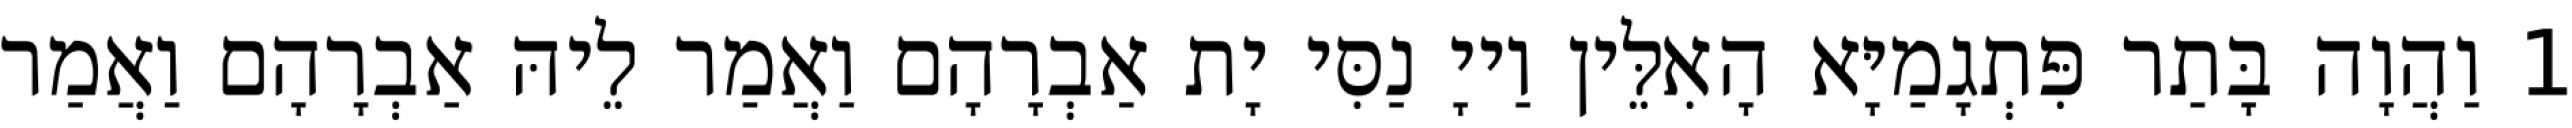
1 וַהֲוָה בָּתַר פִּתְגָמַיָּא הָאִלֵּין וַייָ נַסִּי יָת אַבְרָהָם וַאֲמַר לֵיהּ אַבְרָהָם וַאֲמַר